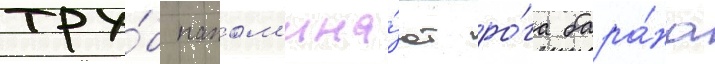
тру́б напом'ина́ют ро́га бара́на